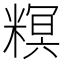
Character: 𥻩